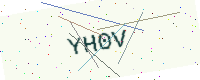
Text: YH0V